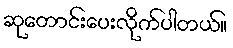
ဆုတောင်းပေးလိုက်ပါတယ်။